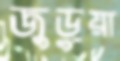
জুড়ুয়া